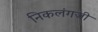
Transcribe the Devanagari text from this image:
निकलंगजी